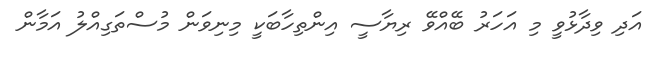
އަދި ވިދާޅުވީ މި އަހަރު ބޭއްވޭ ރިޔާސީ އިންތިހާބަކީ މިނިވަން މުސްތަގިއްލު އަމާން